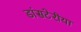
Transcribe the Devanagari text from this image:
डांसटेरीया